Insane asylums Bombay 1873-77 - 1873-1877
Year: 1873
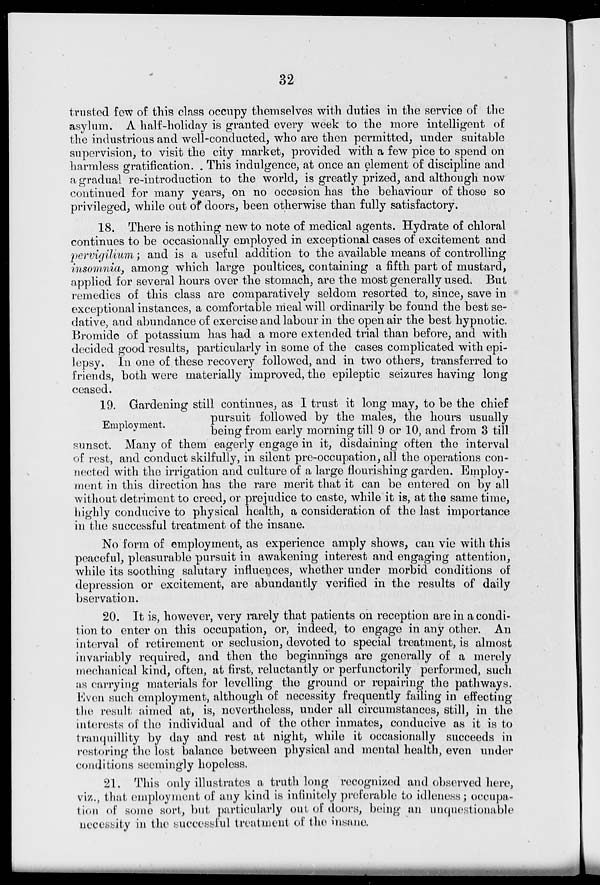
32
trusted few of this class occupy themselves with duties in the service of the
asylum. A half-holiday is granted every week to the more intelligent of
the industrious and well-conducted, who are then permitted, under suitable
supervision, to visit the city market, provided with a few pice to spend on
harmless gratification. This indulgence, at once an element of discipline and
a gradual re-introduction to the world, is greatly prized, and although now
continued for many years, on no occasion has the behaviour of those so
privileged, while out of doors, been otherwise than fully satisfactory.
18. There is nothing new to note of medical agents. Hydrate of chloral
continues to be occasionally employed in exceptional cases of excitement and
pervigilium; and is a useful addition to the available means of controlling
insomnia, among which large poultices, containing a fifth part of mustard,
applied for several hours over the stomach, are the most generally used. But
remedies of this class are comparatively seldom resorted to, since, save in
exceptional instances, a comfortable meal will ordinarily be found the best se-
dative, and abundance of exercise and labour in the open air the best hypnotic.
Bromide of potassium has had a more extended trial than before, and with
decided good results, particularly in some of the cases complicated with epi-
lepsy. In one of these recovery followed, and in two others, transferred to
friends, both were materially improved, the epileptic seizures having long
ceased.
Employment.
19. Gardening still continues, as I trust it long may, to be the chief
pursuit followed by the males, the hours usually
being from early morning till 9 or 10, and from 3 till
sunset. Many of them eagerly engage in it, disdaining often the interval
of rest, and conduct skilfully, in silent pre-occupation, all the operations con-
nected with the irrigation and culture of a large flourishing garden. Employ-
ment in this direction has the rare merit that it can be entered on by all
without detriment to creed, or prejudice to caste, while it is, at the same time,
highly conducive to physical health, a consideration of the last importance
in the successful treatment of the insane.
No form of employment, as experience amply shows, can vie with this
peaceful, pleasurable pursuit in awakening interest and engaging attention,
while its soothing salutary influences, whether under morbid conditions of
depression or excitement, are abundantly verified in the results of daily
bservation.
20. It is, however, very rarely that patients on reception are in a condi-
tion to enter on this occupation, or, indeed, to engage in any other. An
interval of retirement or seclusion, devoted to special treatment, is almost
invariably required, and then the beginnings are generally of a merely
mechanical kind, often, at first, reluctantly or perfunctorily performed, such
as carrying materials for levelling the ground or repairing the pathways.
Even such employment, although of necessity frequently failing in effecting
the result aimed at, is, nevertheless, under all circumstances, still, in the
interests of the individual and of the other inmates, conducive as it is to
tranquillity by day and rest at night, while it occasionally succeeds in
restoring the lost balance between physical and mental health, even under
conditions seemingly hopeless.
21. This only illustrates a truth long recognized and observed here,
viz., that employment of any kind is infinitely preferable to idleness; occupa-
tion of some sort, but particularly out of doors, being an unquestionable
necessity in the successful treatment of the insane.